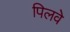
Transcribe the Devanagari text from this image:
पिलवे